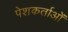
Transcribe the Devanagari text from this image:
पेशकर्ताओं